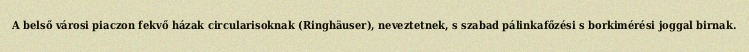
A belső városi piaczon fekvő házak circularisoknak (Ringhäuser), neveztetnek, s szabad pálinkafőzési s borkimérési joggal birnak.